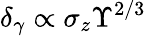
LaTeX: \delta_{\gamma}\propto\sigma_{z}\Upsilon^{2/3}